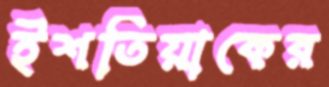
ইশতিয়াকের